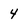
Character: 4